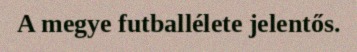
A megye futballélete jelentős.